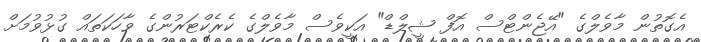
އެގޮތުން މާވެލްގެ "އޭޖެންޓްސް އޮފް ޝީލްޑް" އަކީވެސް މާވެލްގެ ކެރެކްޓަރުންގެ ވާހަކަތައް ގުޅުވުމަށް